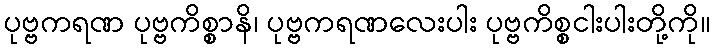
ပုဗ္ဗကရဏ ပုဗ္ဗကိစ္စာနိ၊ ပုဗ္ဗကရဏလေးပါး ပုဗ္ဗကိစ္စငါးပါးတို့ကို။